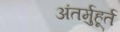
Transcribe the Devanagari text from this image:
अंतर्मुहूर्त